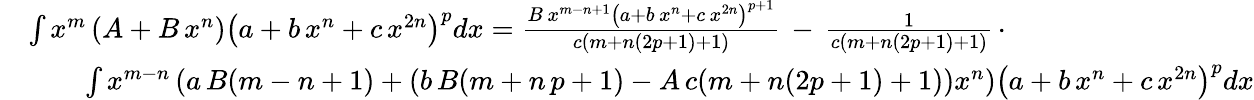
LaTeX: {\begin{array}{rl}&{\int x^{m}\left(A+B\, x^{n}\right)\left(a+b\, x^{n}+c\, x^{2n}\right)^{p}dx={\frac{B\, x^{m-n+1}\left(a+b\, x^{n}+c\, x^{2n}\right)^{p+1}}{c(m+n(2p+1)+1)}}\, -\, {\frac{1}{c(m+n(2p+1)+1)}}\, \cdot}\\ &{\qquad\int x^{m-n}\left(a\, B(m-n+1)+(b\, B(m+n\, p+1)-A\, c(m+n(2p+1)+1))x^{n}\right)\left(a+b\, x^{n}+c\, x^{2n}\right)^{p}dx}\end{array}}